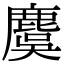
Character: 麌